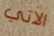
الاتي